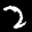
Label: 2